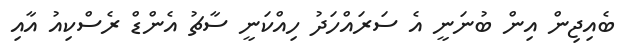
ބެއިޖިން އިން ބުނަނީ އެ ސަރައްހަދު ހިއްކަނީ ސާޗު އެންޑް ރެސްކިއު އާއި